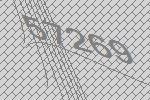
57269